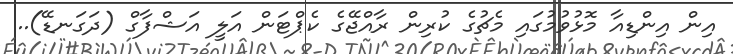
އިން އިންޑިއާ މޮޅުވުމުގައި މެޗުގެ ކުރިން ރާއްޖޭގެ ކެޕްޓަން އަލީ އަޝްފާގް (ދަގަނޑޭ)..